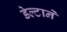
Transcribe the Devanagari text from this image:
डेल्टाने